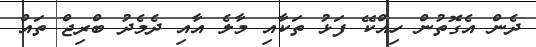
ދެން އެގޮތުން ހިއްކޭ ފަޅު ތަކާއި މާލެ އާއި ދެމެދު ބްރިޖް ތައް